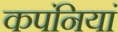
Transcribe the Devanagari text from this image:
कपंनियां